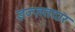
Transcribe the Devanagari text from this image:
इज्ज़तदार